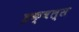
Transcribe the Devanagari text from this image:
इक्वल्स